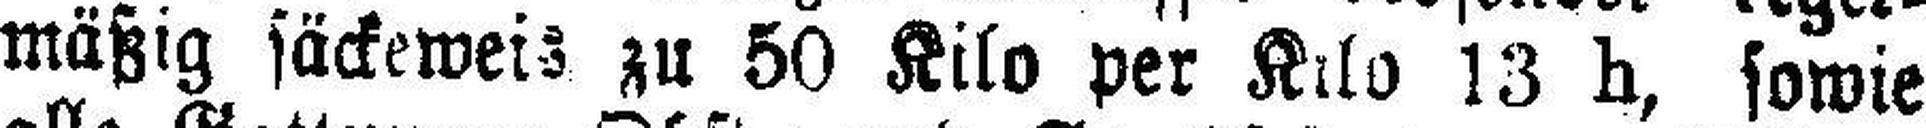
mäßig säckeweiz zu 50 Kilo per Kilo 13 h, sowie